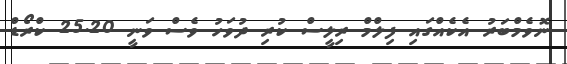
ނޮވެމްބަރު އެކެއްގައި ފިލްމް ރިލީސް ކުރި ދުވަހު ވެސް ވަނީ 25.20 ކްރޯޑް